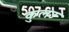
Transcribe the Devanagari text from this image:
कुलउ